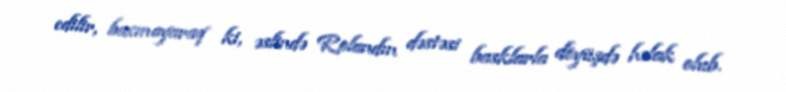
edilir, baxmayaraq ki, əslində Rolandın dəstəsi basklarla döyüşdə həlak olub.